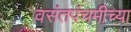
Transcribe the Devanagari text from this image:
वसंतपंचमीच्या